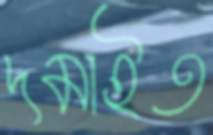
দমাইত